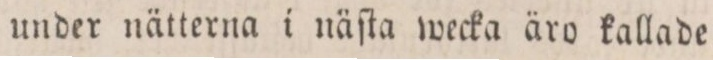
under nätterna i näſta wecka äro kallade: